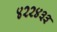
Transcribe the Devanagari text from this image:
४२२४३३